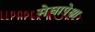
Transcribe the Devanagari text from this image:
मेघापेक्षा